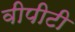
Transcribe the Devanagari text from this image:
वीपीटी